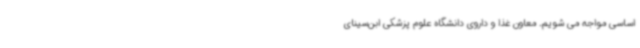
اساسی مواجه می شویم. معاون غذا و داروی دانشگاه علوم پزشکی ابن‌سینای